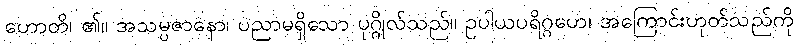
ဟောတိ၊ ၏။ အသမ္ပဇာနော၊ ပညာမရှိသော ပုဂ္ဂိုလ်သည်။ ဥပါယပရိဂ္ဂဟေ၊ အကြောင်းဟုတ်သည်ကို